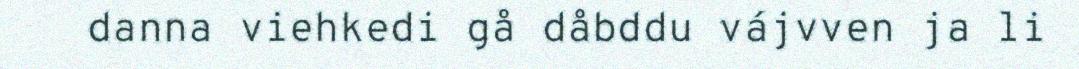
danna viehkedi gå dåbddu vájvven ja li